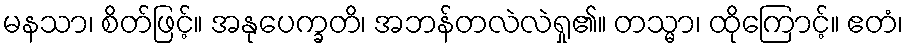
မနသာ၊ စိတ်ဖြင့်။ အနုပေက္ခတိ၊ အဘန်တလဲလဲရှု၏။ တသ္မာ၊ ထိုကြောင့်။ ဧတံ၊